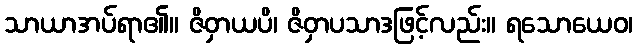
သာယာအပ်ရာ၏။ ဇိဝှာယပိ၊ ဇိဝှာပသာဒဖြင့်လည်း။ ရသောယေဝ၊